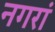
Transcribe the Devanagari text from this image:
नगरां